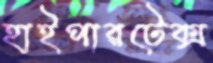
হাইপারটেক্স